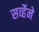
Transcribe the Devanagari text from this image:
सर्व्हेने